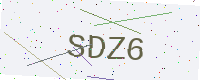
Text: SDZ6